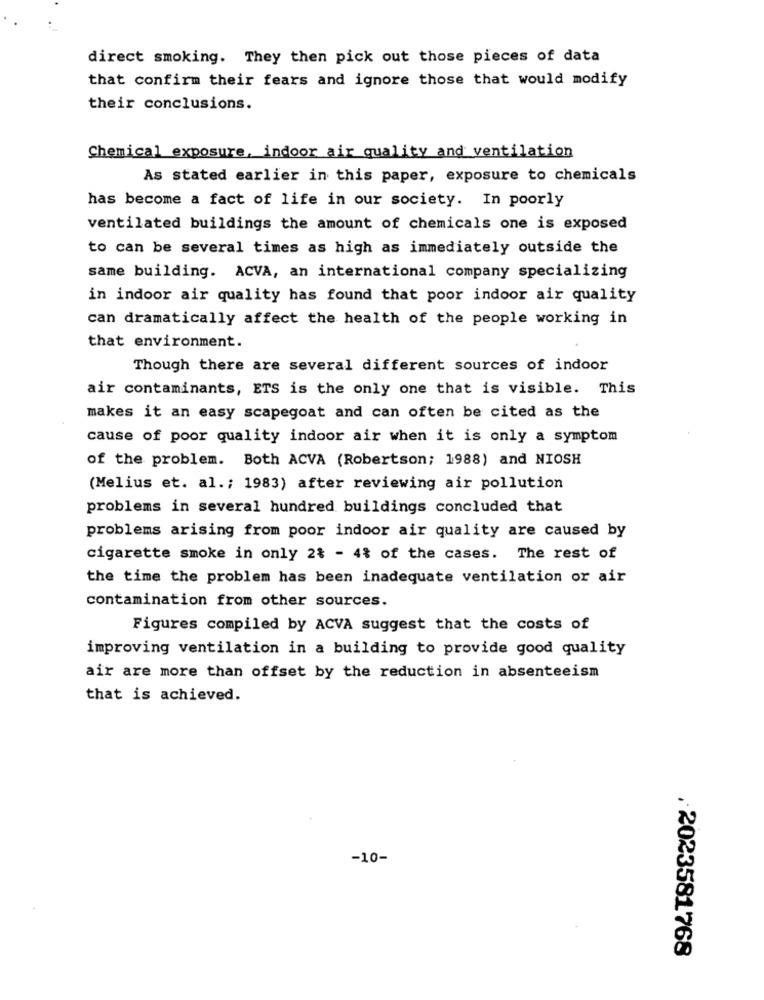
direct smoking. They then pick out those pieces of data
that confirm their fears and ignore those that would modify
their conclusions.
Chemical exposure, indoor air quality and ventilation
As stated earlier in this paper, exposure to chemicals
has become a fact of life in our society. In poorly
ventilated buildings the amount of chemicals one is exposed
to can be several times as high as immediately outside the
same building. ACVA, an international company specializing
in indoor air quality has found that poor indoor air quality
can dramatically affect the health of the people working in
that environment.
Though there are several different sources of indoor
air contaminants, ETS is the only one that is visible. This
makes it an easy scapegoat and can often be cited as the
cause of poor quality indoor air when it is only a symptom
of the problem. Both ACVA (Robertson; 1988) and NIOSH
(Melius et. al .; 1983) after reviewing air pollution
problems in several hundred buildings concluded that
problems arising from poor indoor air quality are caused by
cigarette smoke in only 2% - 4% of the cases. The rest of
the time the problem has been inadequate ventilation or air
contamination from other sources.
Figures compiled by ACVA suggest that the costs of
improving ventilation in a building to provide good quality
air are more than offset by the reduction in absenteeism
that is achieved.
-10-
. 2023581768